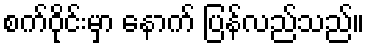
စက်ဝိုင်းမှာ နောက် ပြန်လည်သည်။